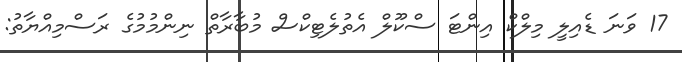
17 ވަނަ ޑެއިލީ މިލްކް އިންޓަ ސްކޫލް އެތުލެޓިކްސް މުބާރާތް ނިންމުމުގެ ރަސްމިއްޔާތު: